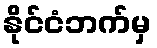
နိုင်ငံဘက်မှ